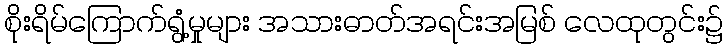
စိုးရိမ်ကြောက်ရွံ့မှုများ အသားဓာတ်အရင်းအမြစ် လေထုတွင်း၌